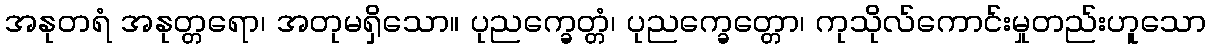
အနုတရံ အနုတ္တရော၊ အတုမရှိသော။ ပုညက္ခေတ္တံ၊ ပုညက္ခေတ္တော၊ ကုသိုလ်ကောင်းမှုတည်းဟူသော